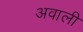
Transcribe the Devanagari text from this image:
अवाली